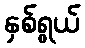
နှစ်ရွယ်